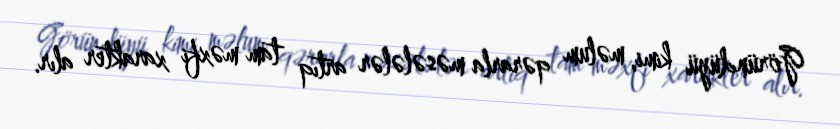
Göründüyü kimi, məlum qərarla məsələlər artıq tam məxfi xarakter alır.